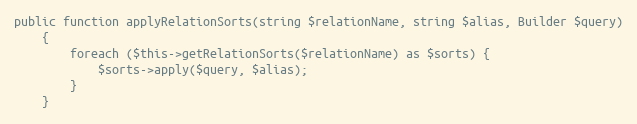
Language: PHP
public function applyRelationSorts(string $relationName, string $alias, Builder $query)
    {
        foreach ($this->getRelationSorts($relationName) as $sorts) {
            $sorts->apply($query, $alias);
        }
    }